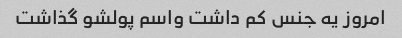
امروز یه جنس کم داشت واسم پولشو گذاشت